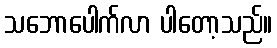
သဘောပေါက်လာ ပါတော့သည်။